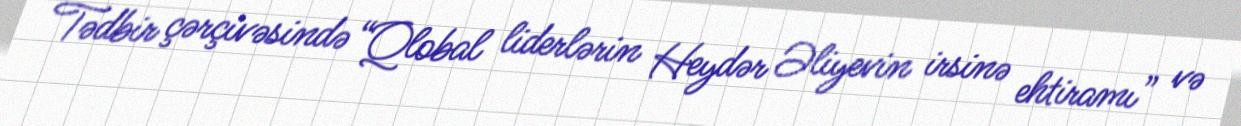
Tədbir çərçivəsində “Qlobal liderlərin Heydər Əliyevin irsinə ehtiramı” və